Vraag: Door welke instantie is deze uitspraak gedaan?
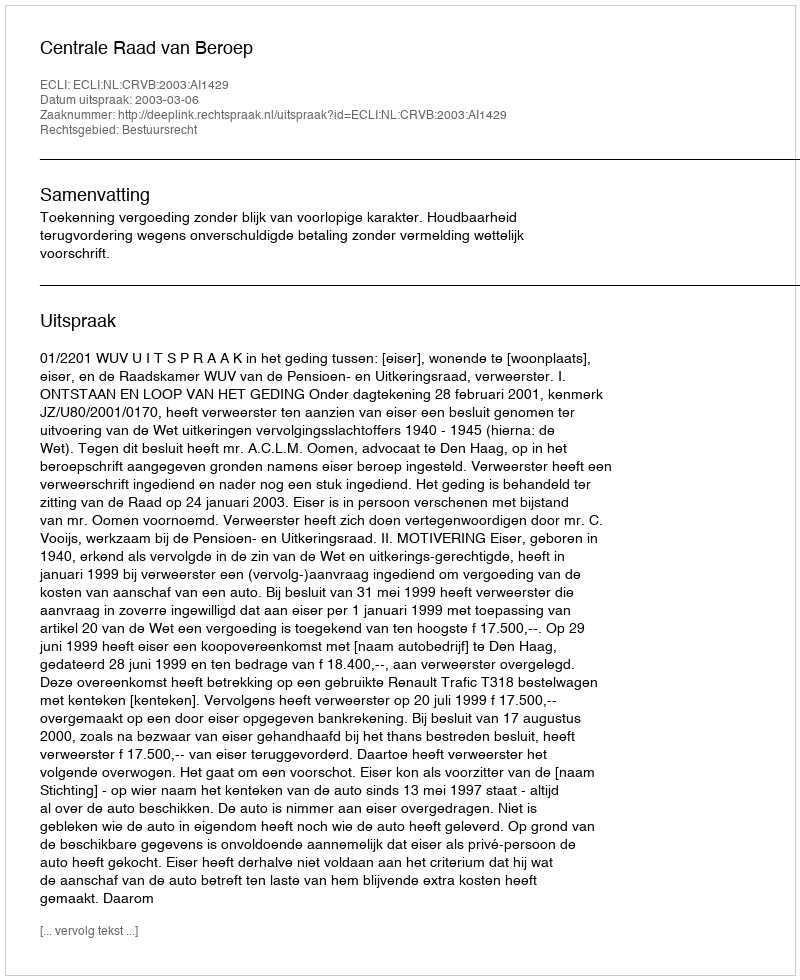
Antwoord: Centrale Raad van Beroep